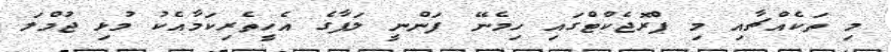
މި ތަކެއްޗާއި މި ޕްރޮޖެކްޓްގައި ހިމެނޭ ފަންނީ ލަފާގެ އެހީތެރިކަމާއެކު މުޅި ޖުމްލަ